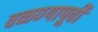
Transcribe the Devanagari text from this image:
वळण्यापूर्वी